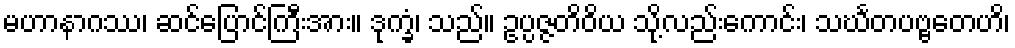
မဟာနာဂဿ၊ ဆင်ပြောင်ကြီးအား။ ဒုက္ခံ၊ သည်။ ဥပ္ပဇ္ဇတိဝိယ သို့လည်းကောင်း၊ သင်္ဃတပဗ္ဗတေဟိ၊